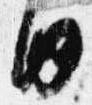
内